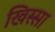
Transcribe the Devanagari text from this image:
खिस्‍सा